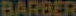
BARBER